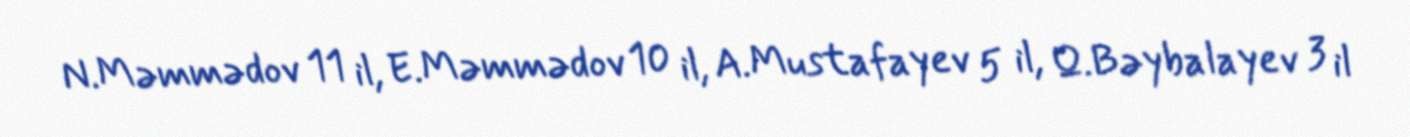
N.Məmmədov 11 il, E.Məmmədov 10 il, A.Mustafayev 5 il, Q.Bəybalayev 3 il